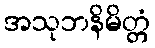
အသုဘနိမိတ္တံ